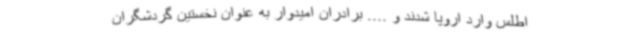
اطلس وارد اروپا شدند و .... برادران امیدوار به عنوان نخستین گردشگران